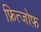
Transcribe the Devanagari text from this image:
फ्रित्जोफ़